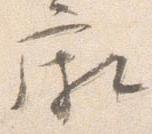
廂